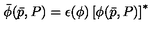
\bar { \phi } ( \bar { p } , P ) = \epsilon ( \phi ) \left[ \phi ( \bar { p } , P ) \right] ^ { * }